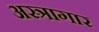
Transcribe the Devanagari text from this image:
अस्त्रागार